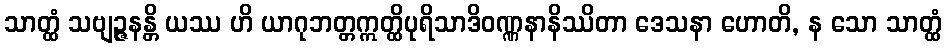
သာတ္ထံ သဗျဉ္ဇနန္တိ ယဿ ဟိ ယာဂုဘတ္တဣတ္ထိပုရိသာဒိဝဏ္ဏနာနိဿိတာ ဒေသနာ ဟောတိ, န သော သာတ္ထံ